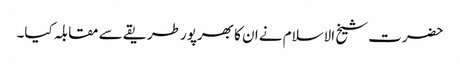
حضرت شیخ الاسلام نے ان کا بھرپور طریقے سے مقابلہ کیا۔